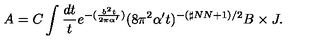
A = C \int \frac { d t } { t } e ^ { - ( \frac { b ^ { 2 } t } { 2 \pi \alpha ^ { \prime } } ) } ( 8 \pi ^ { 2 } \alpha ^ { \prime } t ) ^ { - ( \sharp N N + 1 ) / 2 } B \times J .